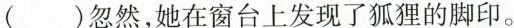
()忽然，她在窗台上发现了狐狸的脚印。